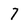
Character: 7